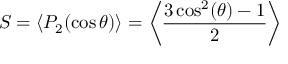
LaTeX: S = \langle P _ { 2 } ( \cos \theta ) \rangle = \left\langle { \frac { 3 \cos ^ { 2 } ( \theta ) - 1 } { 2 } } \right\rangle